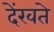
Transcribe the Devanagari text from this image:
देंखते